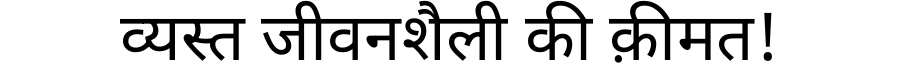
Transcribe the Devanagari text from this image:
व्यस्त जीवनशैली की क़ीमत!